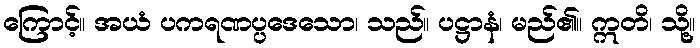
ကြောင့်။ အယံ ပကရဏပ္ပဒေသော၊ သည်။ ပဋ္ဌာနံ၊ မည်၏။ ဣတိ၊ သို့။